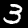
Label: 3